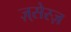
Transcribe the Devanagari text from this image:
ज़्सेस्ज़